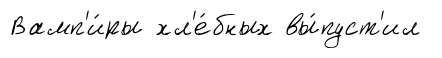
Вамп'и́ры хл'е́бных вы́пуст'ил